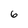
Character: 6